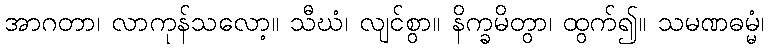
အာဂတာ၊ လာကုန်သလော့။ သီဃံ၊ လျင်စွာ။ နိက္ခမိတွာ၊ ထွက်၍။ သမဏဓမ္မံ၊